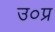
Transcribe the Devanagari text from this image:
उ०प्र